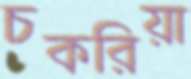
চকরিয়া